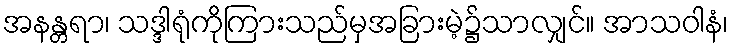
အနန္တရာ၊ သဒ္ဒါရုံကိုကြားသည်မှအခြားမဲ့၌သာလျှင်။ အာသဝါနံ၊